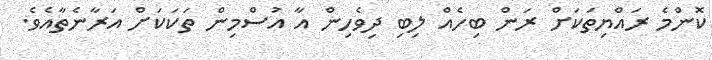
ކޮންމެ ރައްޔިތަކަށް ރަން ބިހެއް ލިބި ދިވެހިން އާ އުސްމިން ތަކަކަށް އަރާނެތާއެވެ.